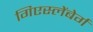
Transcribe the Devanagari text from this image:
गिएस्लेंबेर्ग